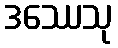
ဒဿေသု